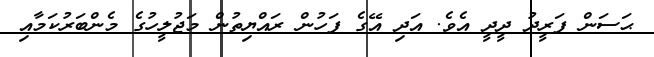
ޙަސަން ފަރީދު ދީދީ އެވެ. އަދި އޭގެ ފަހުން ރައްޔިތުން މަޖުލީހުގެ މެންބަރުކަމާއި